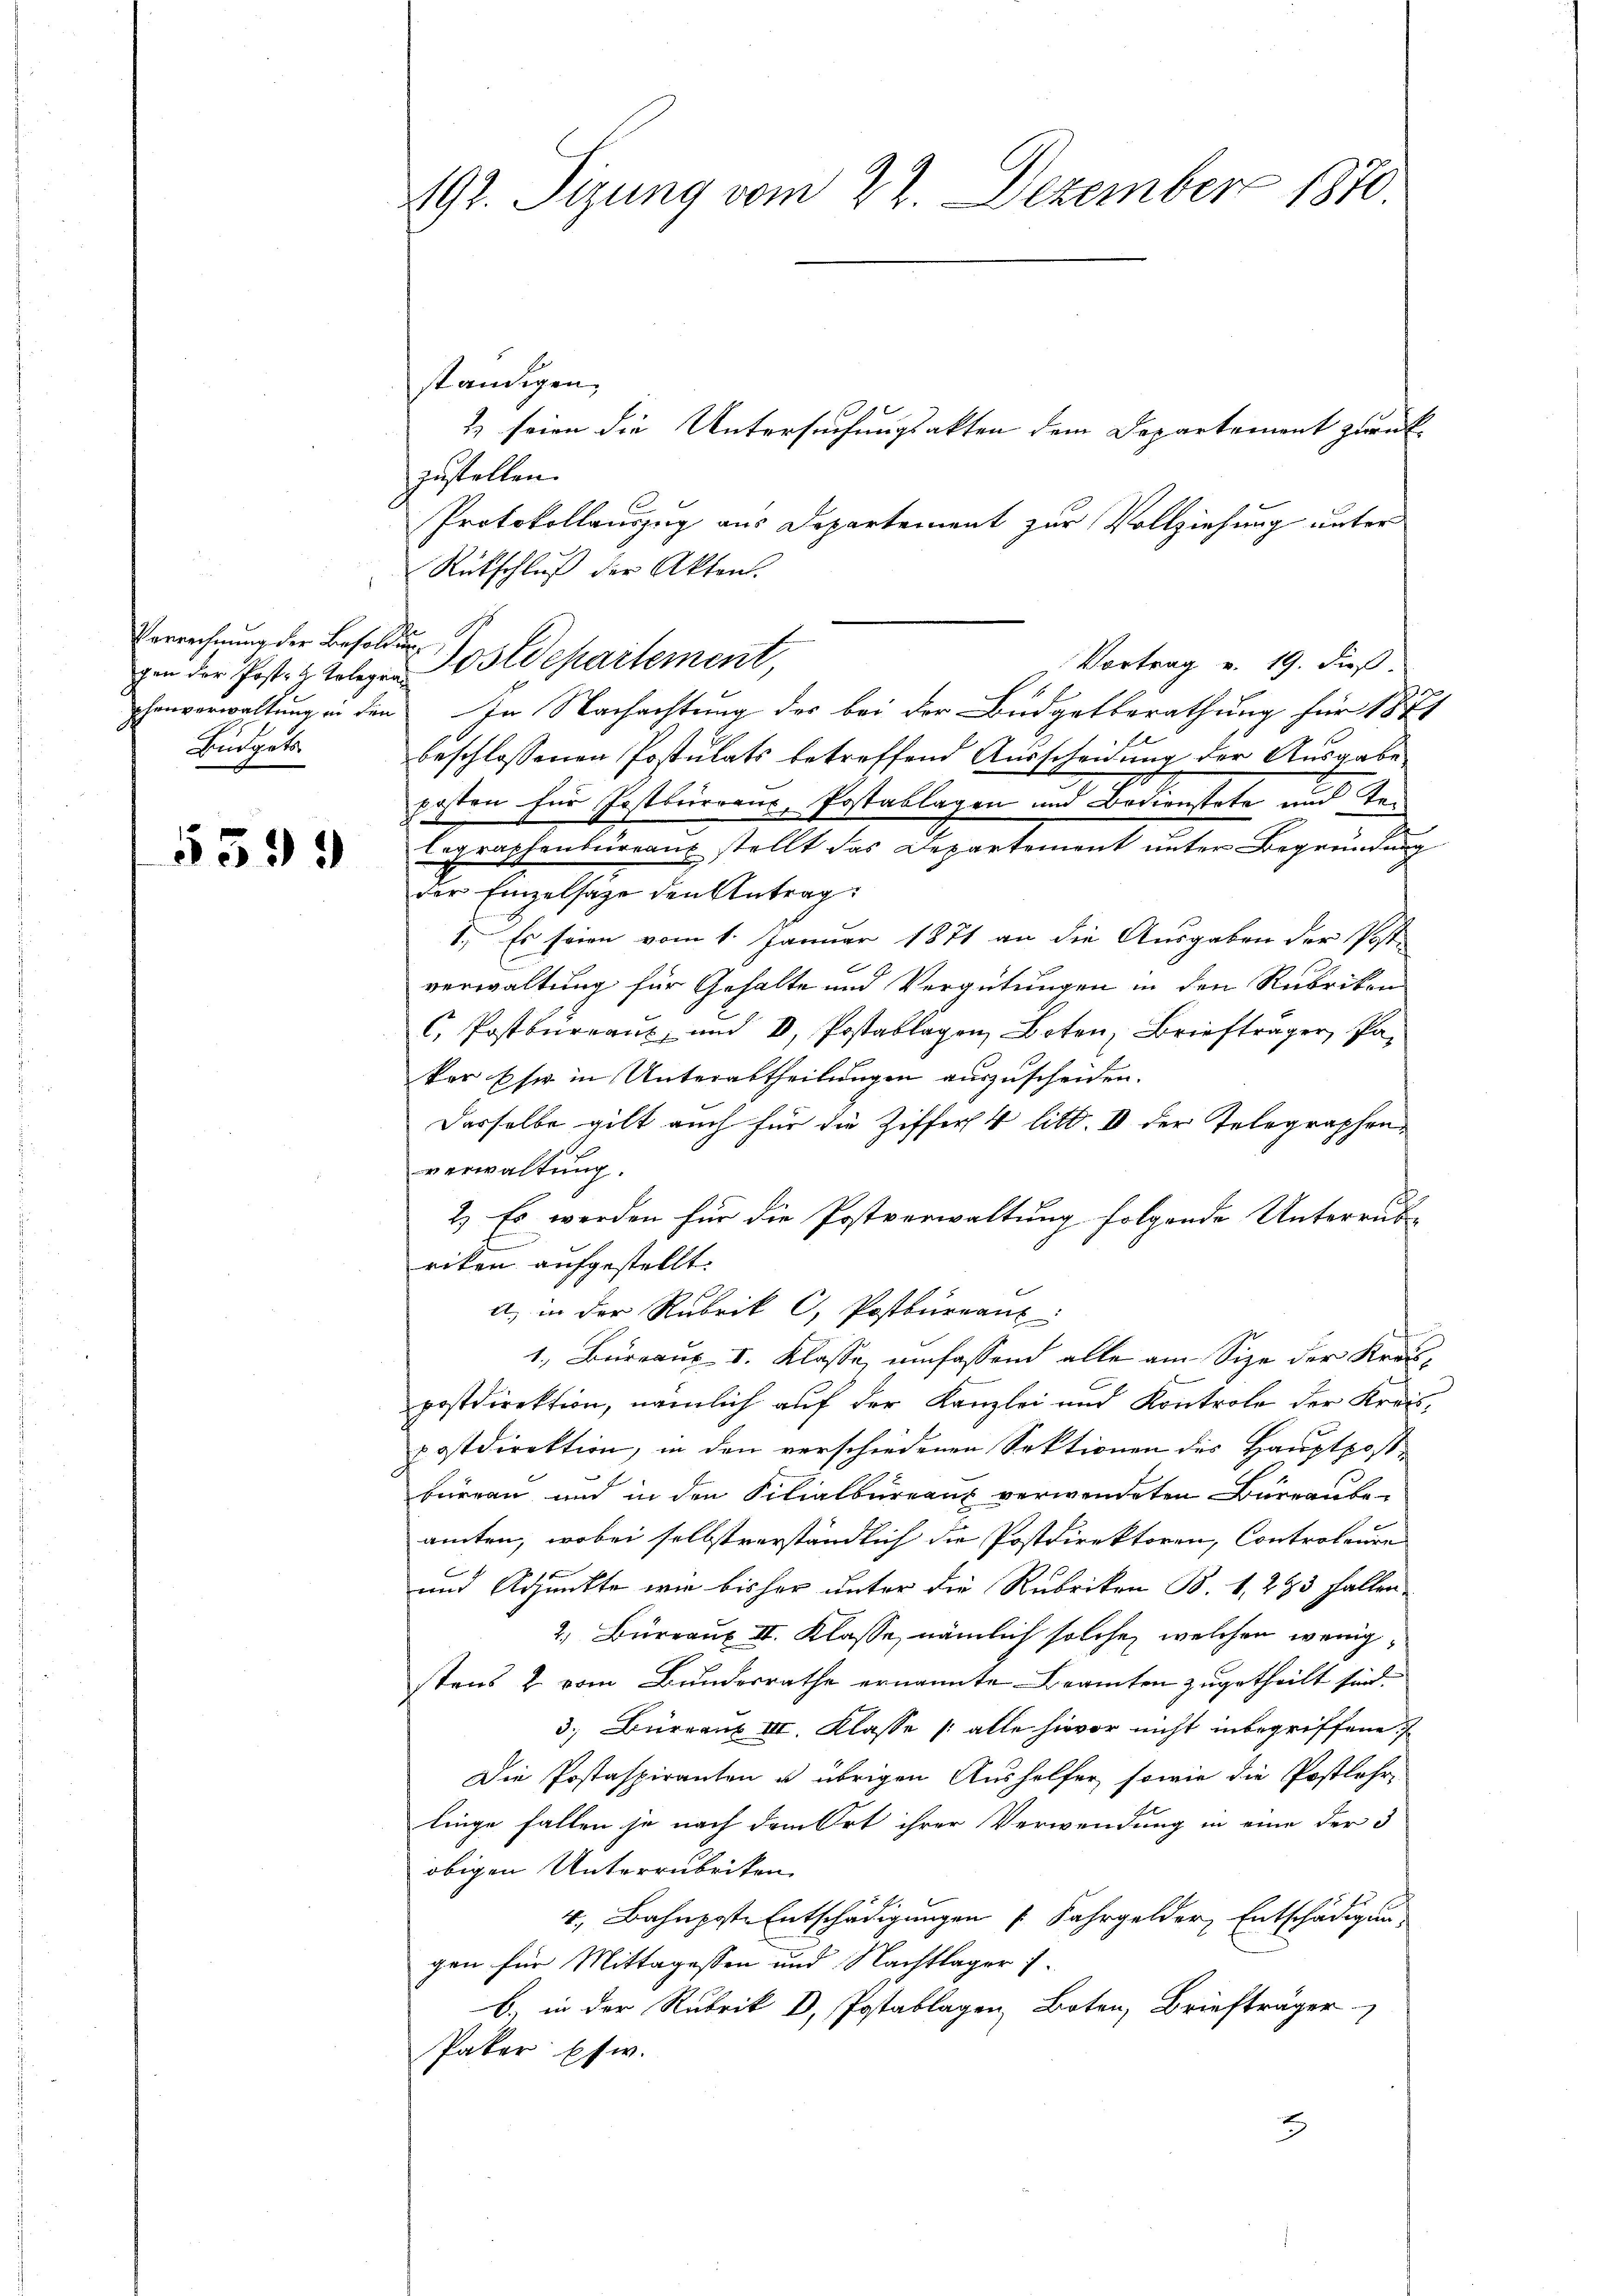
Verrechnung der Besold
Budgets

5399

192. Sitzung vom 22. Dezember 1870.

ständigen.
2) seien die Untersuchungsakten dem Departement zurück-
estellen.
Protokollauszug aus Departement zur Vollziehung unter
Rückschluß der Akten.
Vortrag v. 19. dieß.
von der Post- & Polen Postdepartement,
chenverwaltung in den In Nachachtung des bei der Budgetberathung für 1871
beschlossenen Postulats betreffend Ausscheidung der Ausgabe
posten für Postkurrenz-Postablagen und Bodienstate und Re¬
Eegraphenbüreaux stellt das Departement unter Begründung
der Einzelsage den Antrag:
1. Es seien vom 1. Januar 1871 an die Ausgaben der Post-
verwaltung für Gehalte und Vergütungen in den Rubrikon
C. Postbureaus, und 8. Postablagen Boten Briefträger, Paker Ehe in Unterabtheilungen auszuscheiden.
Dasselbe gilt auch für die Ziffer 4 litt. I der Telegraphen
verwaltung.
2.) Es werden für die Postverwaltung folgende Unterrub
riken aufgestellt.
A. in der Rubrik C, Postbureau
1. Bureaux I. Klasse, umfassend alle am Size der Kreispostdirektion, nämlich auf der Kanzlei und Kontrole der Kreis-
postdirektion, in den verschiedenen Sektionen des Hauptpost-
bürren und in den Filialbureaux verwendeten Büreaube-
amten, wobei selbstverständlich die Postdirektoren, Controleure
f
und Adjunkte wir bisher unter die Rubrikon B. 1, 293 fallen.
2. Bureaux II. Klasse, nämlich solche, welchen wenig
stens 2 vom Bundesrathe ernannte Beamten zugetheilt sind.
3. Bureaus III. Klasse (: alle hievor nicht inbegriffene
Die Postaspiranten u. übrigen Aushelfer, sowie die Postlehr-
linge fallen je nach dem Ort ihrer Verwendung in eine der 3
obigen Unterrubriken
4., Bahnposte Entschädigungen Fahrgelder, Entschädigung
gen für Mittagessen und Nachtlager f
b) in der Rubrik V. Postablagen, Boten, Briefträger
Pater psw.